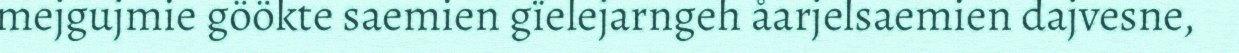
mejgujmie göökte saemien gïelejarngeh åarjelsaemien dajvesne,